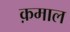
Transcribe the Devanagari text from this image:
क़माल